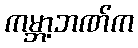
ကမ္ဘာ့ဘဏ်က